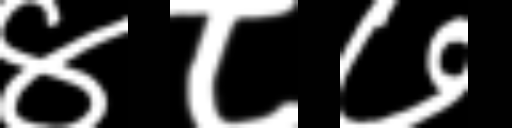
Text: ४८७